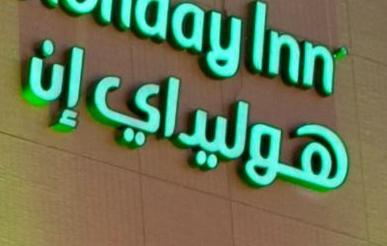
هوليداي ان